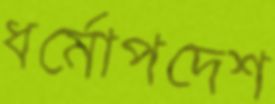
ধর্মোপদেশ